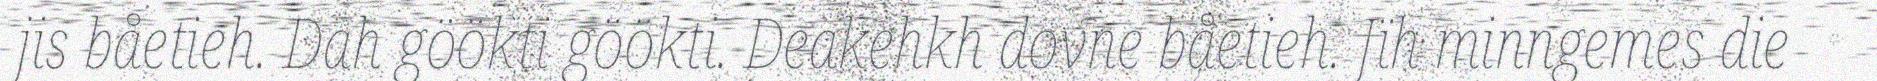
jis båetieh. Dah göökti göökti. Deakehkh dovne båetieh. Jïh minngemes die